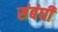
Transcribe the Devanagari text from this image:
संबंघी